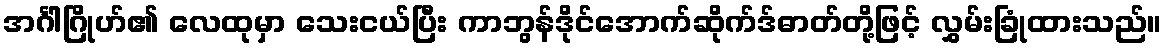
အင်္ဂါဂြိုဟ်၏ လေထုမှာ သေးငယ်ပြီး ကာဘွန်ဒိုင်အောက်ဆိုက်ဒ်ဓာတ်တို့ဖြင့် လွှမ်းခြုံထားသည်။